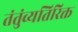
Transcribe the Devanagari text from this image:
तंतुंव्यतिरिक्त